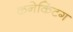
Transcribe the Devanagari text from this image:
कनेकिंटग